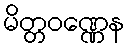
မိတ္တဝဏ္ဏေန